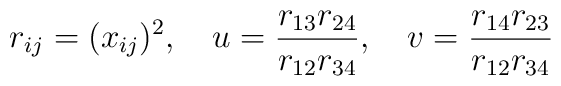
r_{ij} = (x_{ij})^2, \quad u = \frac{r_{13} r_{24}}{r_{12} r_{34}}, \quad  v = \frac{r_{14} r_{23}}{r_{12} r_{34}}